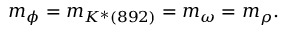
m _ { \phi } = m _ { K ^ { * } ( 8 9 2 ) } = m _ { \omega } = m _ { \rho } .